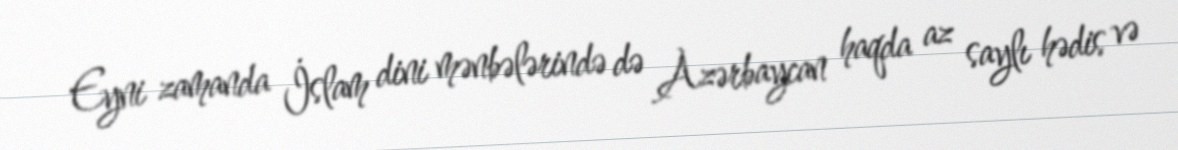
Eyni zamanda İslam dini mənbələrində də Azərbaycan haqda az saylı hədis və